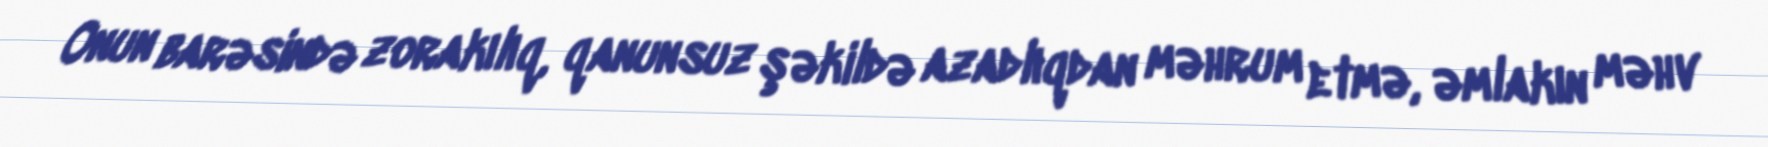
Onun barəsində zorakılıq, qanunsuz şəkildə azadlıqdan məhrum etmə, əmlakın məhv